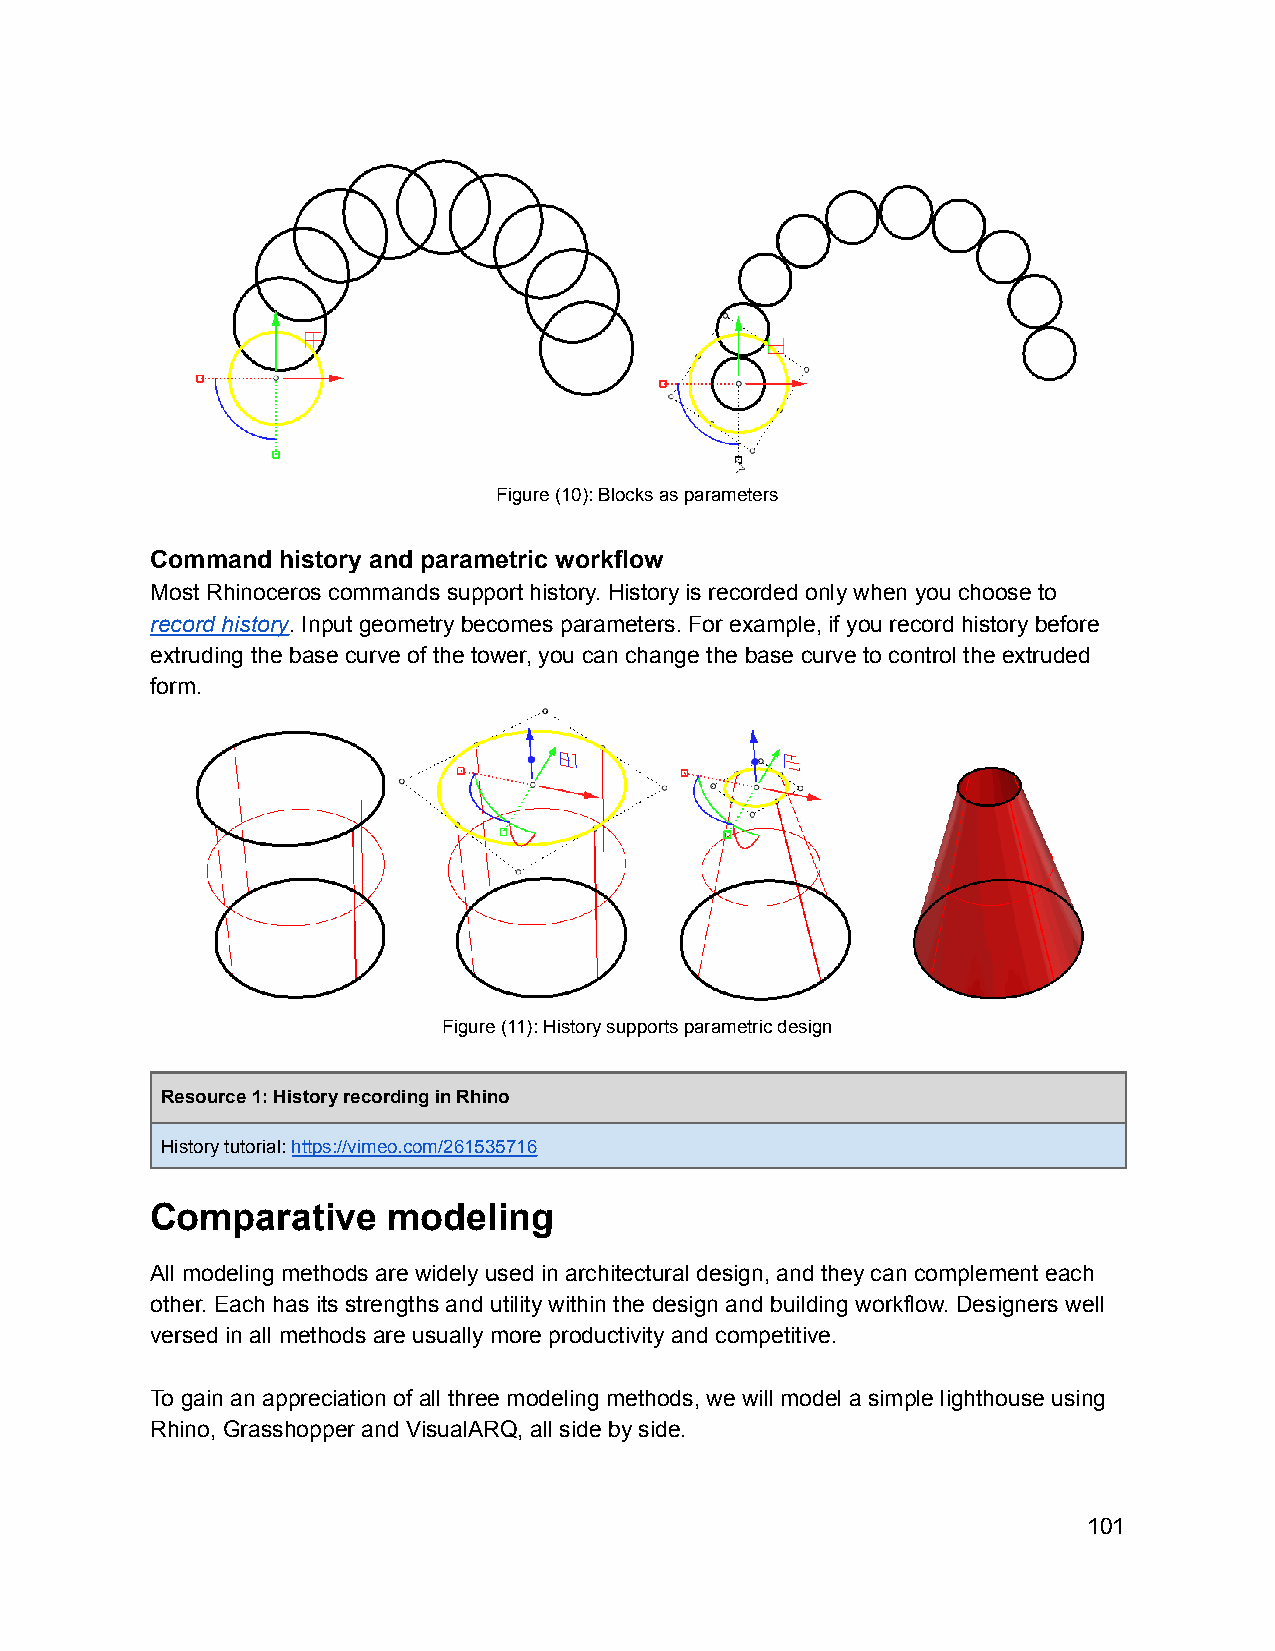
Figure (10): Blocks as parameters
 Command history and parametric workflow
 Most Rhinoceros commands support history. History is recorded only when you choose to
 record history. Input geometry becomes parameters. For example, if you record history before
 extruding the base curve of the tower, you can change the base curve to control the extruded
 form.
 Figure (11): History supports parametric design
 Resource 1: History recording in Rhino
 History tutorial:https://vimeo.com/261535716
 Comparative     modeling
 All modeling methods are widely used in architectural design, and they can complement each
 other. Each has its strengths and utility within the design and building workflow. Designers well
 versed in all methods are usually more productivity and competitive.
 To gain an appreciation of all three modeling methods, we will model a simple lighthouse using
 Rhino, Grasshopper and VisualARQ, all side by side.
 101